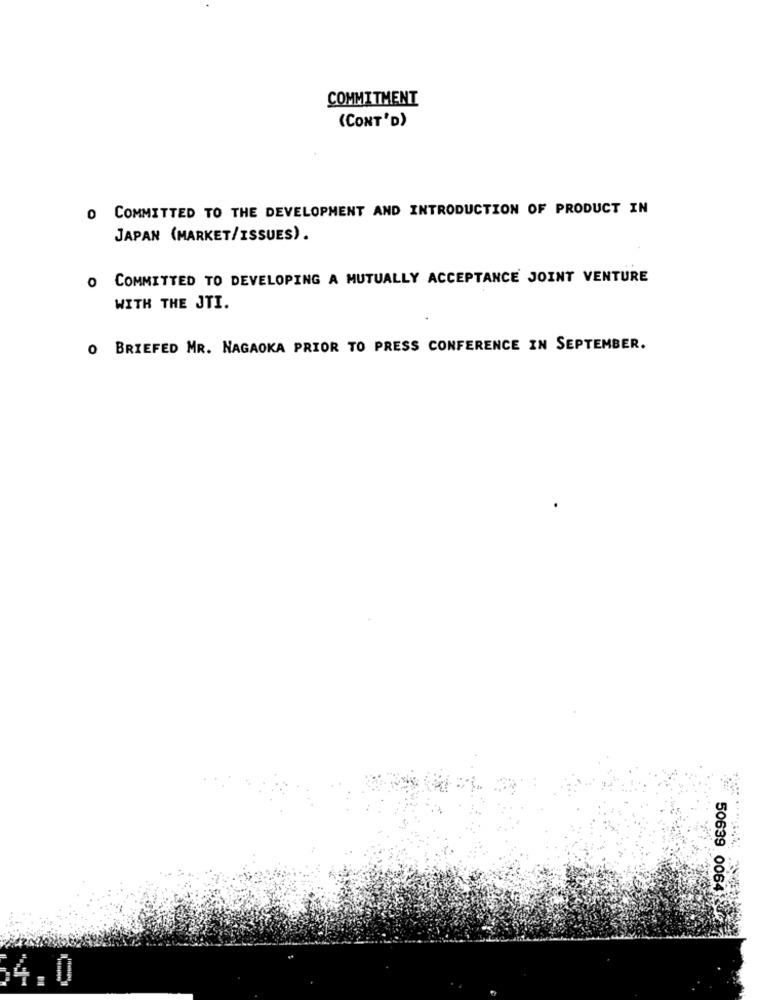
COMMITMENT
(CONT'D)
O COMMITTED TO THE DEVELOPMENT AND INTRODUCTION OF PRODUCT IN
JAPAN (MARKET/ISSUES).
O COMMITTED TO DEVELOPING A MUTUALLY ACCEPTANCE JOINT VENTURE
WITH THE JTI.
O BRIEFED MR. NAGAOKA PRIOR TO PRESS CONFERENCE IN SEPTEMBER.
50639 0064 84
54.0